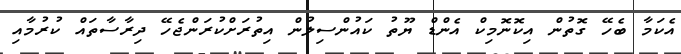
އެކަމާ ބެހޭ ގޮތުން އިކޮނޮމިކް އެންޑް ޔޫތު ކައުންސިލުން އިތުރަށްކުރަންޖެހޭ ދިރާސާތައް ކުރުމާއި